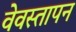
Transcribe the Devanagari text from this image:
वेवस्तापन